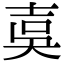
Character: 𡔣